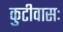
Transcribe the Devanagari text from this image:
कुटीवासः